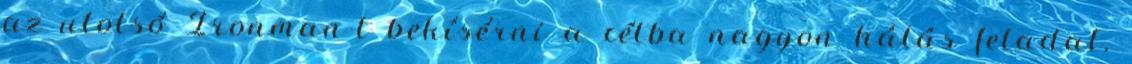
az utolsó Ironman-t bekísérni a célba nagyon hálás feladat.